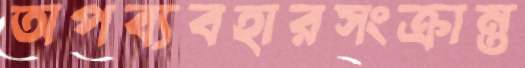
অপব্যবহারসংক্রান্ত